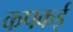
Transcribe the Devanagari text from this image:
कपकई